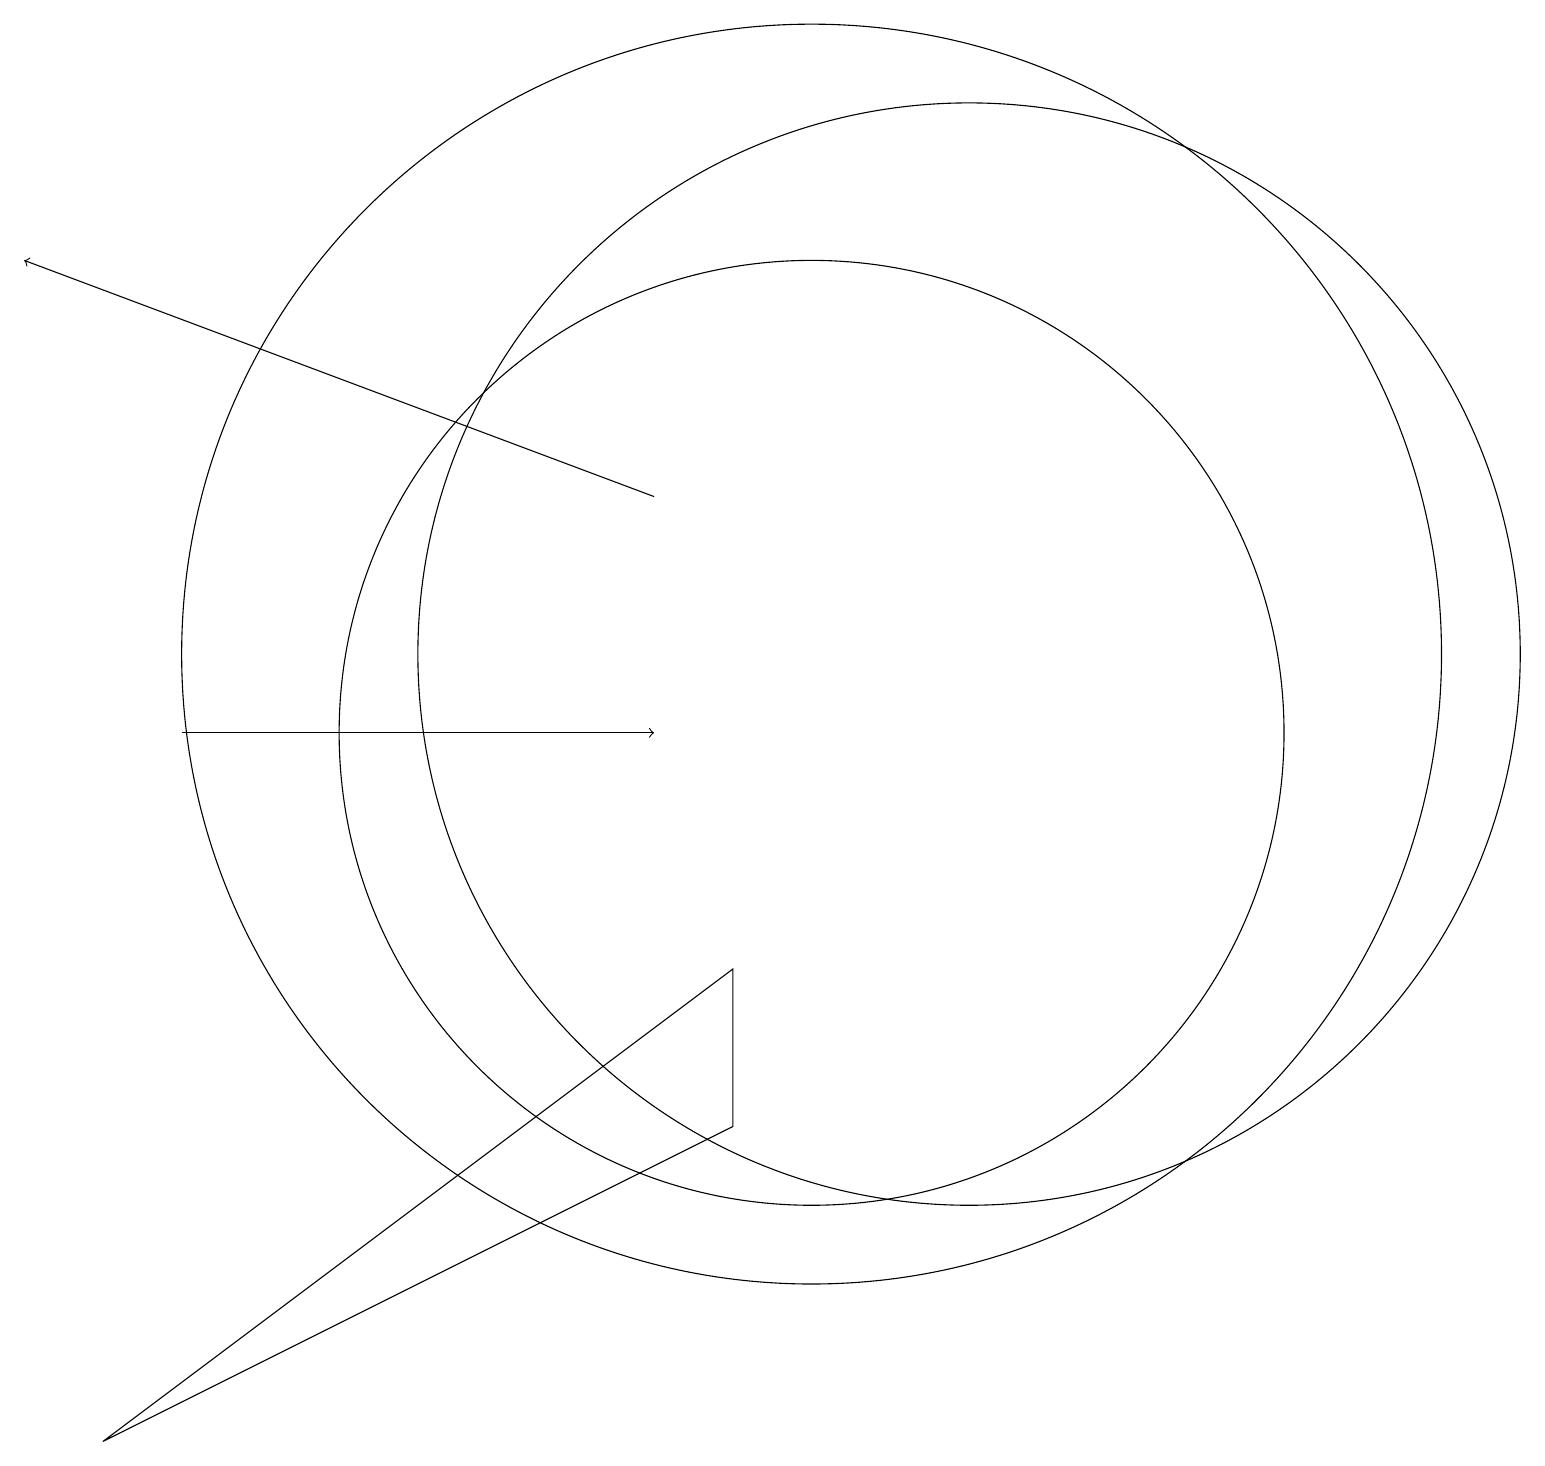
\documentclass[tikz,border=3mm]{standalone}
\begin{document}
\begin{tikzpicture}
\draw[->] (8,14) -- (0,17);
\draw[->] (2,11) -- (8,11);
\draw (10,12) circle (8);
\draw (10,11) circle (6);
\draw (1,2) -- (9,6) -- (9,8) -- cycle;
\draw (12,12) circle (7);
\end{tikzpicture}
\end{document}